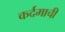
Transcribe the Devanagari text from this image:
कर्दमाची